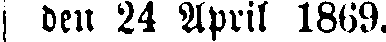
den 24 April 1869.